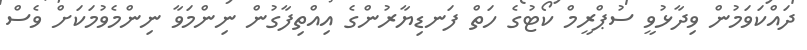
ދައްކަވަމުން ވިދާޅުވީ ސުޕްރީމް ކޯޓުގެ ހަތް ފަނޑިޔާރުންގެ އިއްތިފާގުން ނިންމަވާ ނިންމެވުމަކަށް ވެސް